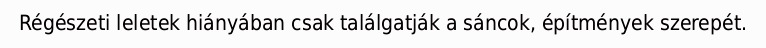
Régészeti leletek hiányában csak találgatják a sáncok, építmények szerepét.